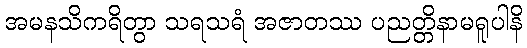
အမနသိကရိတွာ သရသရံ အဇာတဿ ပညတ္တိနာမရူပါနိ